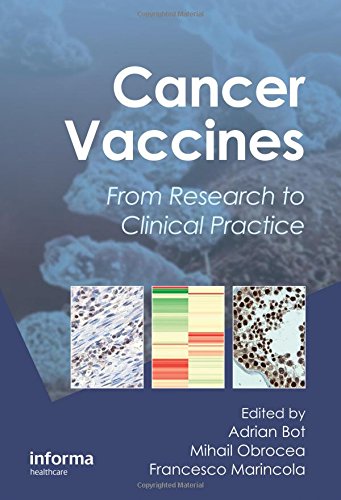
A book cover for Cancer Vaccines: From Research to Clinical Practice; Medical Books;